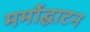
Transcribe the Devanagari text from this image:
मर्मोद्घाटन